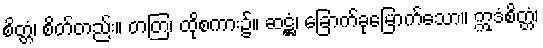
စိတ္တံ၊ စိတ်တည်း။ တတြ၊ ထိုစကား၌။ ဆဋ္ဌံ၊ ခြောက်ခုမြောက်သော။ ဣဒံစိတ္တံ၊